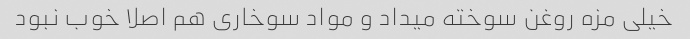
خیلی مزه روغن سوخته میداد و مواد سوخاری هم اصلا خوب نبود